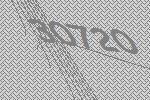
30720